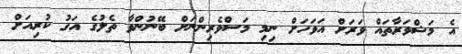
އެ މަޝްވަރާތައް ވަރަށް އަވަހަށް ނިމި މަސްވެރިންނަށް ބޭނުންވާ ތެލުގެ އަގު ކުރިއަށް